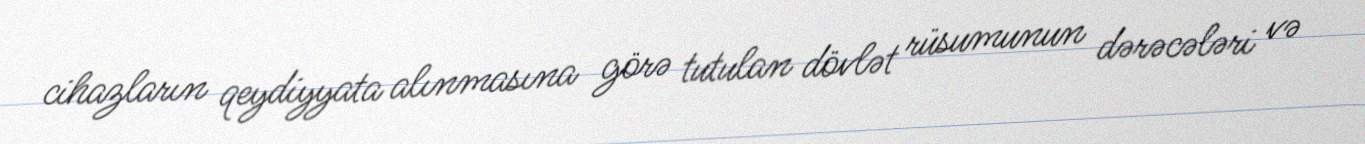
cihazların qeydiyyata alınmasına görə tutulan dövlət rüsumunun dərəcələri və